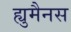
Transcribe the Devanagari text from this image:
ह्युमैनस